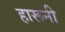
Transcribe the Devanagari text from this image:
हारूनी